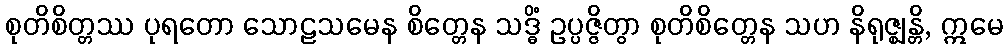
စုတိစိတ္တဿ ပုရတော သောဠသမေန စိတ္တေန သဒ္ဓိံ ဥပ္ပဇ္ဇိတွာ စုတိစိတ္တေန သဟ နိရုဇ္ဈန္တိ, ဣမေ